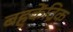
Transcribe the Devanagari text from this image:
बहुकेंद्रिक